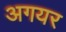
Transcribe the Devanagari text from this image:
अगयर